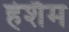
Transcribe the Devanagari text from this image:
हेशैम